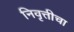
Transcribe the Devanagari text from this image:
निवृत्तीचा